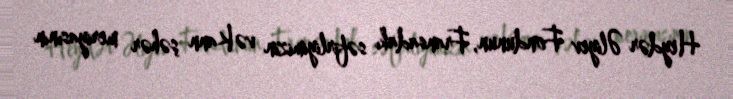
Heydər Əliyev Fondunun, Fransadakı səfirliyimizin və Kann şəhər meriyasının